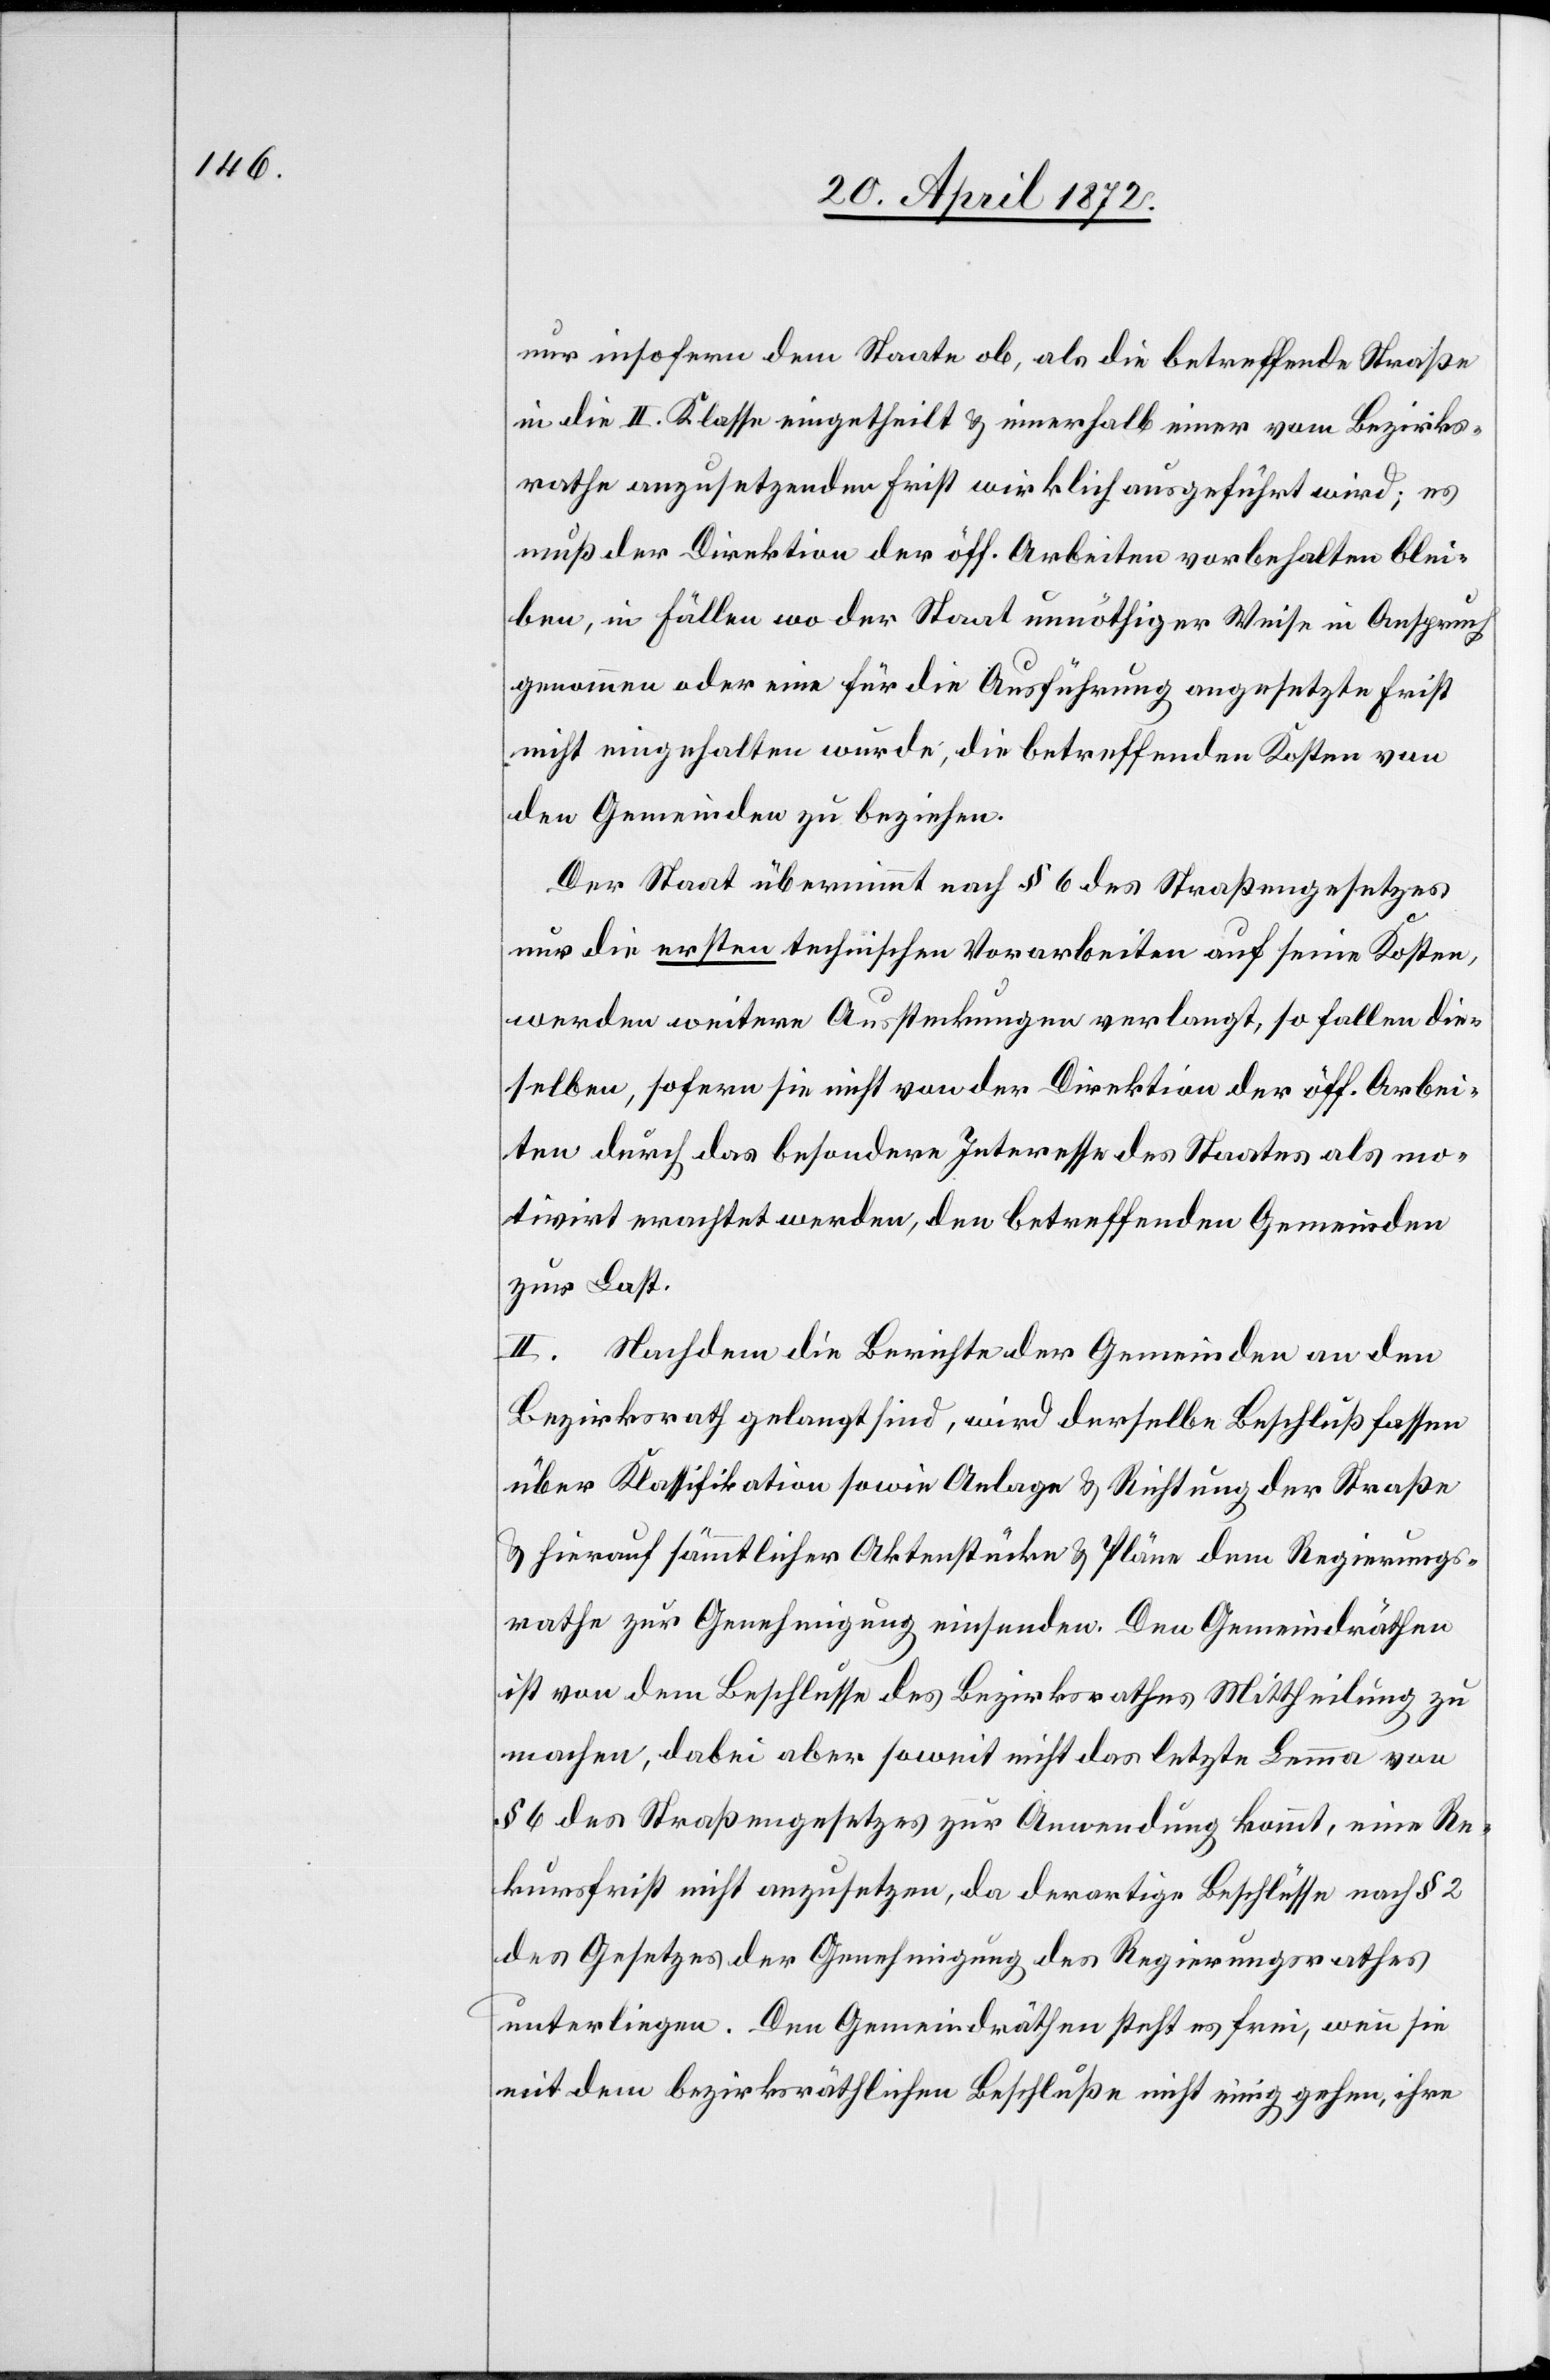
nur insofern dem Staate ob, als die betreffende Straße
in die II. Klasse eingetheilt u. innerhalb einer vom Bezirks¬
rathe anzusetzenden Frist wirklich ausgeführt wird; es
muß der Direktion der öff. Arbeiten vorbehalten blei¬
ben, in Fällen wo der Staat unnöthiger Weise in Anspruch
genommen oder eine für die Ausführung angesetzte Frist
nicht eingehalten würde, die betreffenden Kosten von
den Gemeinden zu beziehen.
Der Staat übernimmt nach § 6 des Straßengesetzes
nur die ersten technischen Vorarbeiten auf seine Kosten,
werden weitere Aussteckungen verlangt, so fallen die¬
selben, sofern sie nicht von der Direktion der öff. Arbei¬
ten durch das besondere Interesse des Staates als mo¬
tivirt erachtet werden, den betreffenden Gemeinden
zur Last.
II. Nachdem die Berichte der Gemeinden an den
Bezirksrath gelangt sind, wird derselbe Beschluß fassen
über Klassifikation sowie Anlage u. Richtung der Straße
u. hierauf sämmtliche Aktenstücke u. Pläne dem Regierungs¬
rathe zur Genehmigung einsenden. Den Gemeindräthen
ist von dem Beschlusse des Bezirksrathes Mittheilung zu
machen, dabei aber soweit nicht das letzte Lemma von
§ 6 des Straßengesetzes zur Anwendung kommt, eine Re¬
kursfrist nicht anzusetzen, da derartige Beschlüsse nach § 2
des Gesetzes der Genehmigung des Regierungsrathes
unterliegen. Den Gemeindräthen steht es frei, wenn sie
mit dem bezirksräthlichen Beschluße nicht einig gehen, ihre